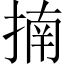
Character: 揇